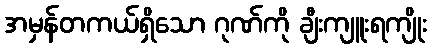
အမှန်တကယ်ရှိသော ဂုဏ်ကို ချီးကျူးရကျိုး